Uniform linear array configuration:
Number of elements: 64
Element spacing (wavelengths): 0.75
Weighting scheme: uniform
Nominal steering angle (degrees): -60
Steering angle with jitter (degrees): -59.753
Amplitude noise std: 0.05
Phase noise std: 0.05

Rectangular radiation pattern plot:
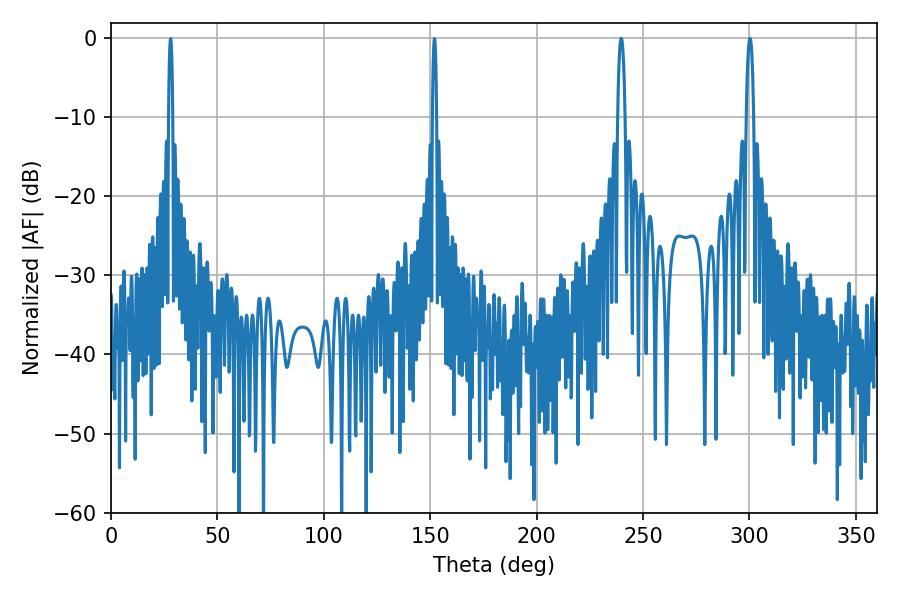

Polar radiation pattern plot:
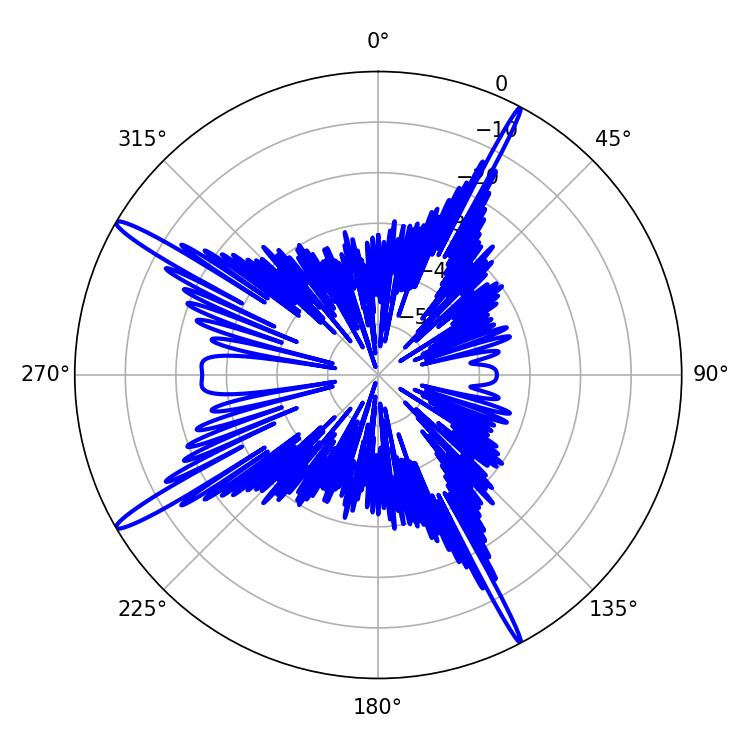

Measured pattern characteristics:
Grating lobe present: TRUE
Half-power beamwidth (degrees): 1.8
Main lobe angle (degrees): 239.76